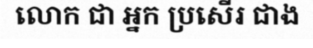
លោក ជា អ្នក ប្រសើរ ជាង